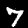
Label: 7